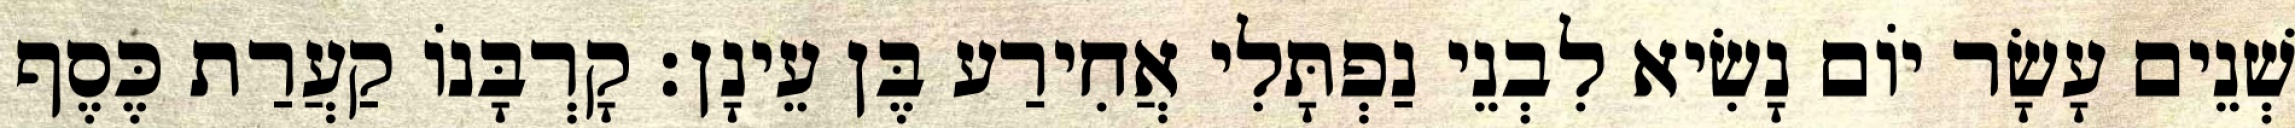
שְׁנֵים עָשָׂר יוֹם נָשִׂיא לִבְנֵי נַפְתָּלִי אֲחִירַע בֶּן עֵינָן׃ קָרְבָּנוֹ קַעֲרַת כֶּסֶף